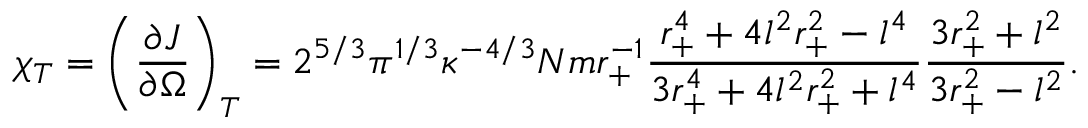
\chi _ { T } = \left( \frac { \partial J } { \partial \Omega } \right) _ { T } = 2 ^ { 5 / 3 } \pi ^ { 1 / 3 } \kappa ^ { - 4 / 3 } N m r _ { + } ^ { - 1 } \frac { r _ { + } ^ { 4 } + 4 l ^ { 2 } r _ { + } ^ { 2 } - l ^ { 4 } } { 3 r _ { + } ^ { 4 } + 4 l ^ { 2 } r _ { + } ^ { 2 } + l ^ { 4 } } \frac { 3 r _ { + } ^ { 2 } + l ^ { 2 } } { 3 r _ { + } ^ { 2 } - l ^ { 2 } } .